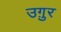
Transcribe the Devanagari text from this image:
उग़ुर